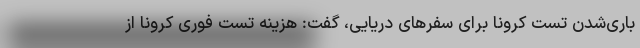
باری‌شدن تست کرونا برای سفرهای دریایی، گفت: هزینه تست فوری کرونا از